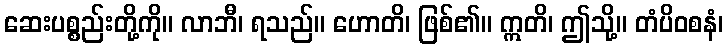
ဆေးပစ္စည်းတို့ကို။ လာဘီ၊ ရသည်။ ဟောတိ၊ ဖြစ်၏။ ဣတိ၊ ဤသို့။ တံပိဝစနံ၊